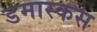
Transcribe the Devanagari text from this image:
डमास्कस